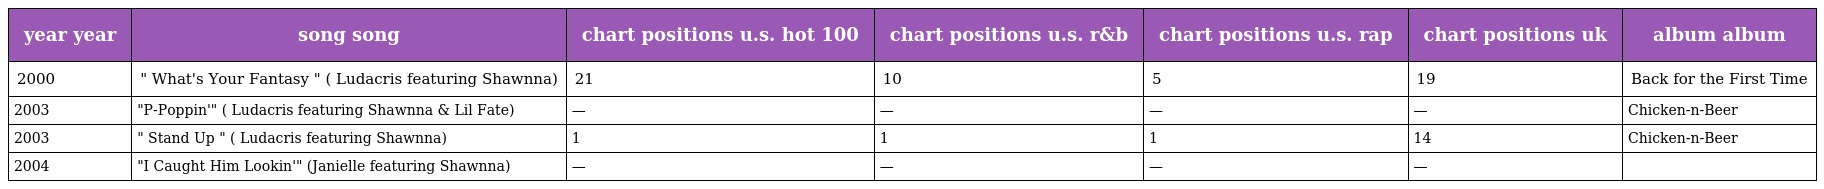
| year year | song song | chart positions u.s. hot 100 | chart positions u.s. r&b | chart positions u.s. rap | chart positions uk | album album |
 | --- | --- | --- | --- | --- | --- | --- |
 | 2000 | " What's Your Fantasy " ( Ludacris featuring Shawnna) | 21 | 10 | 5 | 19 | Back for the First Time |
 | 2003 | "P-Poppin'" ( Ludacris featuring Shawnna & Lil Fate) | — | — | — | — | Chicken-n-Beer |
 | 2003 | " Stand Up " ( Ludacris featuring Shawnna) | 1 | 1 | 1 | 14 | Chicken-n-Beer |
 | 2004 | "I Caught Him Lookin'" (Janielle featuring Shawnna) | — | — | — | — |  |